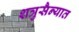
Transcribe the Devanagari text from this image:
शत्रुसैन्यात